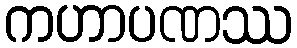
ကဟာပဏဿ